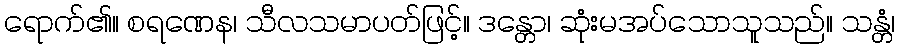
ရောက်၏။ စရဏေန၊ သီလသမာပတ်ဖြင့်။ ဒန္တော၊ ဆုံးမအပ်သောသူသည်။ သန္တံ၊